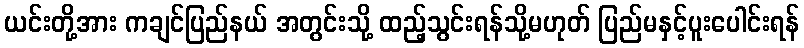
ယင်းတို့အား ကချင်ပြည်နယ် အတွင်းသို့ ထည့်သွင်းရန်သို့မဟုတ် ပြည်မနှင့်ပူးပေါင်းရန်